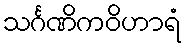
သင်္ဂဏိကဝိဟာရံ